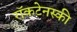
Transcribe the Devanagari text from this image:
राॅकटेनस्की